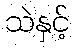
သဲနှင့်